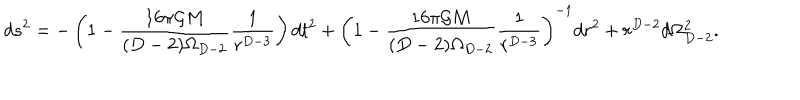
LaTeX: d s ^ { 2 } = - \left( 1 - \frac { 1 6 \pi { \cal G } M } { ( D - 2 ) \Omega _ { D - 2 } } \frac { 1 } { r ^ { D - 3 } } \right) d t ^ { 2 } + \left( 1 - \frac { 1 6 \pi { \cal G } M } { ( D - 2 ) \Omega _ { D - 2 } } \frac { 1 } { r ^ { D - 3 } } \right) ^ { - 1 } d r ^ { 2 } + r ^ { D - 2 } d \Omega _ { D - 2 } ^ { 2 } .